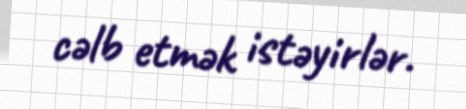
cəlb etmək istəyirlər.